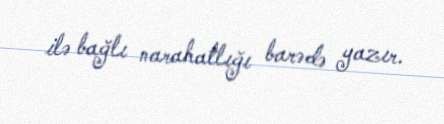
ilə bağlı narahatlığı barədə yazır.